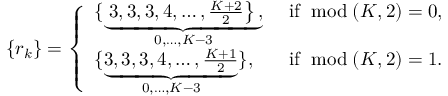
\left\{ r _ { k } \right\} = \left\{ \begin{array} { l l } { \{ \underbrace { \left. 3 , 3 , 3 , 4 , \ldots , \frac { K + 2 } { 2 } \right\} , } _ { 0 , \ldots , K - 3 } } & { \mathrm { ~ i f ~ } \bmod ( K , 2 ) = 0 , } \\ { \{ \underbrace { 3 , 3 , 3 , 4 , \ldots , \frac { K + 1 } { 2 } } _ { 0 , \ldots , K - 3 } \} , } & { \mathrm { ~ i f ~ } \bmod ( K , 2 ) = 1 . } \end{array} \right.